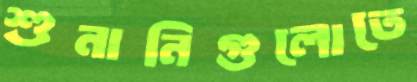
শুনানিগুলোতে